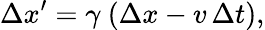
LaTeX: \Delta x^{\prime}=\gamma\ (\Delta x-v\, \Delta t),